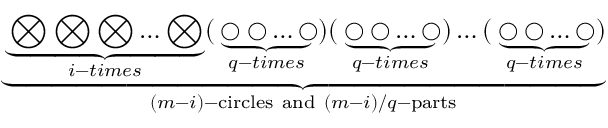
\underbrace { \underbrace { \bigotimes \bigotimes \bigotimes \dots \bigotimes } _ { i - t i m e s } ( \underbrace { \bigcirc \bigcirc \dots \bigcirc } _ { q - t i m e s } ) ( \underbrace { \bigcirc \bigcirc \dots \bigcirc } _ { q - t i m e s } ) \dots ( \underbrace { \bigcirc \bigcirc \dots \bigcirc } _ { q - t i m e s } ) } _ { ( m - i ) - { \mathrm { c i r c l e s ~ a n d } } ~ ( m - i ) / q - { \mathrm { p a r t s } } }